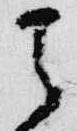
天